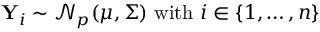
\mathbf { Y } _ { i } \sim { \mathcal { N } } _ { p } ( { \boldsymbol { \mu } } , { \boldsymbol { \Sigma } } ) { \mathrm { ~ w i t h ~ } } i \in \{ 1 , \ldots , n \}